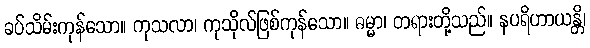
ခပ်သိမ်းကုန်သော။ ကုသလာ၊ ကုသိုလ်ဖြစ်ကုန်သော။ ဓမ္မာ၊ တရားတို့သည်။ နပရိဟာယန္တိ၊